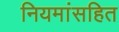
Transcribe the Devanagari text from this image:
नियमांसहित